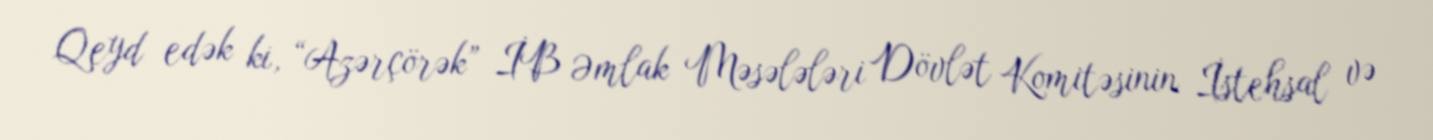
Qeyd edək ki, “Azərçörək” İB Əmlak Məsələləri Dövlət Komitəsinin İstehsal və